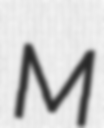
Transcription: M